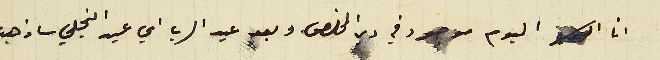
انا اليوم موجود في دير المخلص وبعد عيد الرب اي عيد التجلي ساذهب